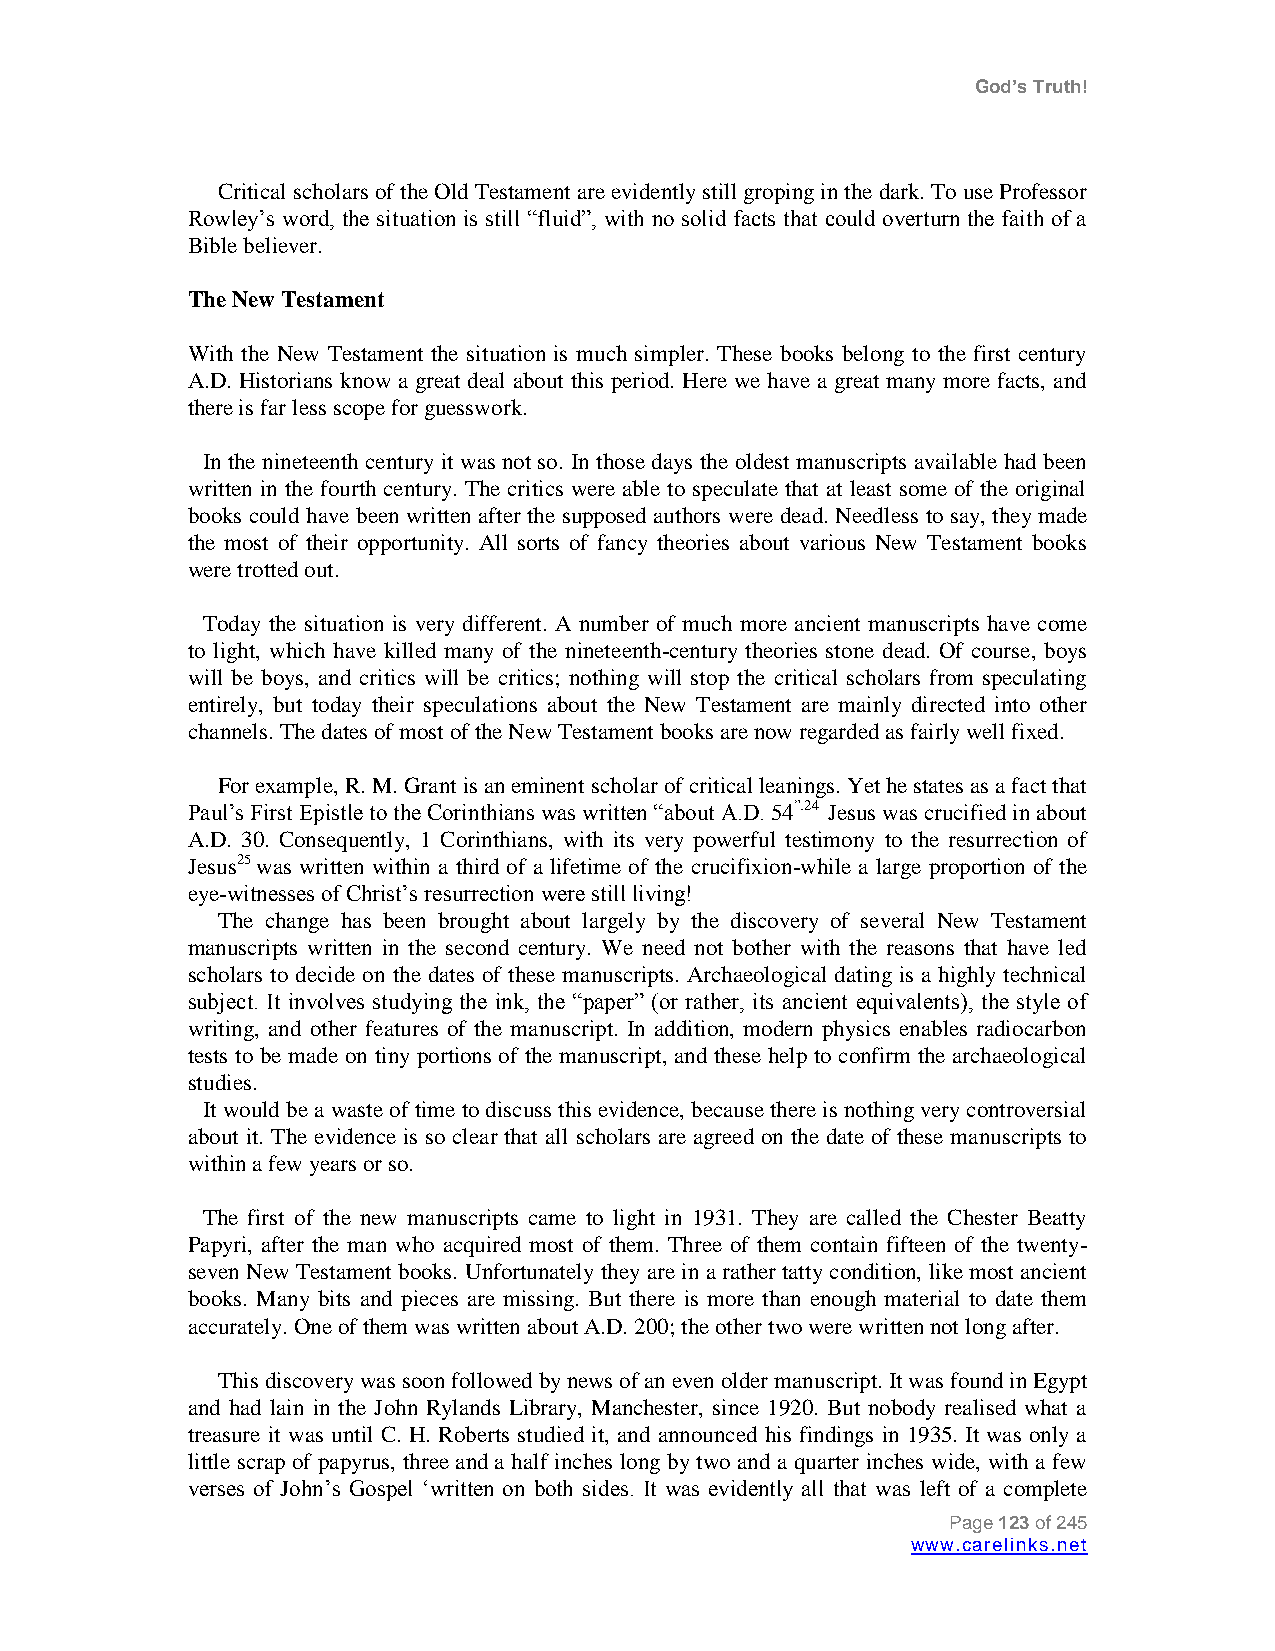
God’s Truth!
 Critical scholars of the Old Testament are evidently still groping in the dark. To use Professor
 Rowley‟s word, the situation is still “fluid”, with no solid facts that could overturn the faith of a
 Bible believer.
 The New Testament
 With the New Testament the situation is much simpler. These books belong to the first century
 A.D. Historians know a great deal about this period. Here we have a great many more facts, and
 there is far less scope for guesswork.
 In the nineteenth century it was not so. In those days the oldest manuscripts available had been
 written in the fourth century. The critics were able to speculate that at least some of the original
 books could have been written after the supposed authors were dead. Needless to say, they made
 the most of their opportunity. All sorts of fancy theories about various New Testament books
 were trotted out.
 Today the situation is very different. A number of much more ancient manuscripts have come
 to light, which have killed many of the nineteenth-century theories stone dead. Of course, boys
 will be boys, and critics will be critics; nothing will stop the critical scholars from speculating
 entirely, but today their speculations about the New Testament are mainly directed into other
 channels. The dates of most of the New Testament books are now regarded as fairly well fixed.
 For example, R. M. Grant is an eminent scholar of critical leanings. Yet he states as a fact that
 Paul‟s First Epistle to the Corinthians was written “about A.D. 54”.24 Jesus was crucified in about
 A.D. 30. Consequently, 1 Corinthians, with its very powerful testimony to the resurrection of
 Jesus25 was written within a third of a lifetime of the crucifixion-while a large proportion of the
 eye-witnesses of Christ‟s resurrection were still living!
 The change has been brought about largely by the discovery of several New Testament
 manuscripts written in the second century. We need not bother with the reasons that have led
 scholars to decide on the dates of these manuscripts. Archaeological dating is a highly technical
 subject. It involves studying the ink, the “paper” (or rather, its ancient equivalents), the style of
 writing, and other features of the manuscript. In addition, modern physics enables radiocarbon
 tests to be made on tiny portions of the manuscript, and these help to confirm the archaeological
 studies.
 It would be a waste of time to discuss this evidence, because there is nothing very controversial
 about it. The evidence is so clear that all scholars are agreed on the date of these manuscripts to
 within a few years or so.
 The first of the new manuscripts came to light in 1931. They are called the Chester Beatty
 Papyri, after the man who acquired most of them. Three of them contain fifteen of the twenty-
 seven New Testament books. Unfortunately they are in a rather tatty condition, like most ancient
 books. Many bits and pieces are missing. But there is more than enough material to date them
 accurately. One of them was written about A.D. 200; the other two were written not long after.
 This discovery was soon followed by news of an even older manuscript. It was found in Egypt
 and had lain in the John Rylands Library, Manchester, since 1920. But nobody realised what a
 treasure it was until C. H. Roberts studied it, and announced his findings in 1935. It was only a
 little scrap of papyrus, three and a half inches long by two and a quarter inches wide, with a few
 verses of John‟s Gospel „written on both sides. It was evidently all that was left of a complete
 Page 123 of 245
 www.carelinks.net